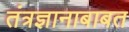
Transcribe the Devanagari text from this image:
तंत्रज्ञानाबाबत